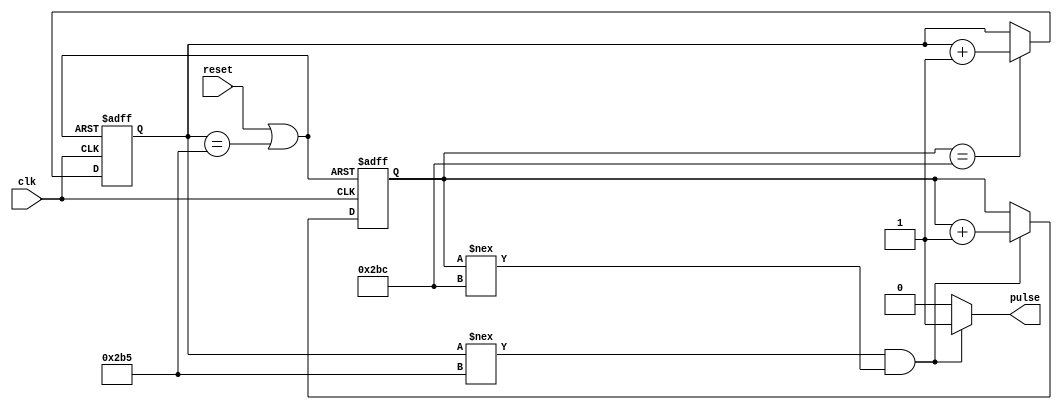
`timescale 1us/1us

module lm_555_timer#(
                        parameter Resistor1=1,      // Value of Resistor one
                        parameter Resistor2=100 ,     // Value of resistor two
						parameter capacitor=10      // Value of Capacitor

                        )(
                            input  clk, reset,
                            output reg pulse
                        ); 
		 			
    localparam integer onduration= ((Resistor1+Resistor2) * capacitor* 0.693); 
	localparam integer offduration= ( Resistor2 * capacitor*0.693); 

	parameter on_bits  = $clog2(onduration);
	parameter off_bits = $clog2(offduration);
	reg [on_bits:0] count_on = 0;
	reg [off_bits:0] count_off = 0;

	wire count_on_rst;
	wire count_off_rst;
	wire count_on_en;
	wire count_off_en;
	 
	assign  count_on_en= (((count_off !== offduration)&(count_on !== onduration)) );
	assign  count_off_en= ((count_on == onduration));
	assign  count_on_rst = reset | (count_off == offduration);
	assign  count_off_rst = reset | (count_off == offduration);

        always @ (count_on_en, count_off_en ) begin
			pulse <= 1'b0;
                if (count_on_en) begin
                        pulse <= 1'b1;
                end else begin
						if (count_off_en)
                        pulse <= 1'b0;
                end
        end

        always @ (posedge clk, posedge count_on_rst) begin
                if(count_on_rst) begin
                        count_on <= 0;
                end else begin
                        if(count_on_en) begin
                                count_on <= count_on + 1'b1;
                        end
                end
        end
		  
        always @ (posedge clk, posedge count_off_rst) begin
                if(count_off_rst) begin
                        count_off <= 0;
                end else begin
                        if(count_off_en) begin
                                count_off <= count_off + 1'b1;
                        end
                end
        end

endmodule